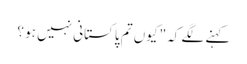
کہنے لگے کہ" کیوں تم پاکستانی نہیں ہو ؟